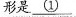
形是\underline{①}